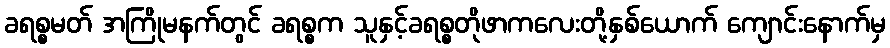
ခရစ္စမတ် အကြိုမနက်တွင် ခရစ္စက သူနှင့်ခရစ္စတိုဖာကလေးတို့နှစ်ယောက် ကျောင်းနောက်မှ